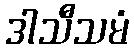
ဒါသီသမံ